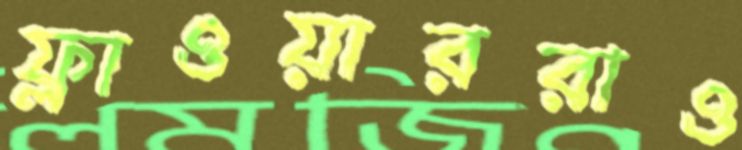
ফ্লাওয়াররাও